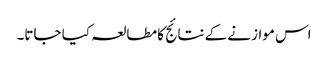
اس موازنے کے نتائج کا مطالعہ کیا جاتا۔